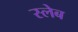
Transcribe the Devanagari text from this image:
स्लेब